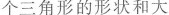
个三角形的形状和大